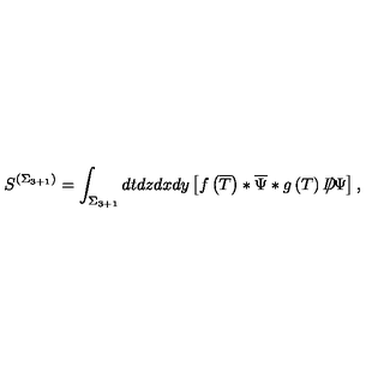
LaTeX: S ^ { \left( \Sigma _ { 3 + 1 } \right) } = \int _ { \Sigma _ { 3 + 1 } } d t d z d x d y \left[ f \left( \overline { { T } } \right) * \overline { { \Psi } } * g \left( T \right) D \! \! \! \! / \Psi \right] ,